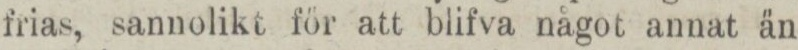
frias, sannolikt för att blifva något annat än